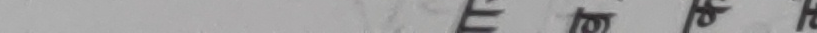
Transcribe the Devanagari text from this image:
होस छ